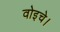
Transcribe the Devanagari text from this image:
वोइचे।